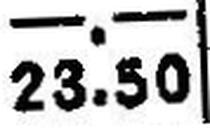
23.50